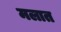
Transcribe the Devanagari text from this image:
मलात